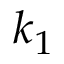
k _ { 1 }